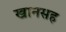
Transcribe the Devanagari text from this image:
खानसह